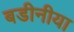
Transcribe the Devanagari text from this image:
बडीनीया